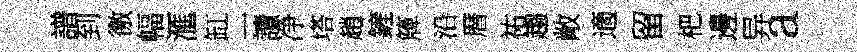
譜到徼幅滙缸一讀净塔趙鏟簰沿暦祐趨敞適留杷邊异a